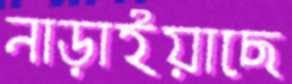
নাড়াইয়াছে